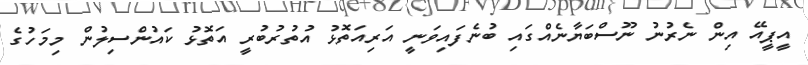
އީޕީއޭ އިން ނެރުނު ނޫސްބަޔާނެއްގައި ބުނެފައިވަނީ އަރިއަތޮޅު އުތުރުބުރީ އަތޮޅު ކައުންސިލުން މިމަހުގެ